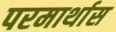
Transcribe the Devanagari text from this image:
परमार्थास